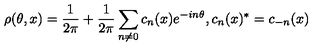
\rho ( \theta , x ) = \frac { 1 } { 2 \pi } + \frac { 1 } { 2 \pi } \sum _ { n \neq 0 } c _ { n } ( x ) e ^ { - i n \theta } , c _ { n } ( x ) ^ { * } = c _ { - n } ( x )